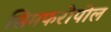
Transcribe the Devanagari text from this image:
सिमफरोपोल